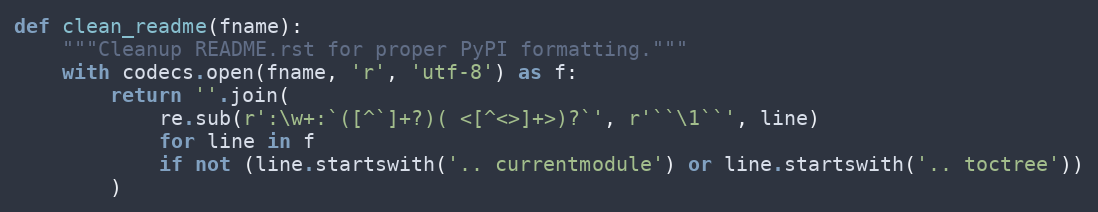
Language: Python
def clean_readme(fname):
    """Cleanup README.rst for proper PyPI formatting."""
    with codecs.open(fname, 'r', 'utf-8') as f:
        return ''.join(
            re.sub(r':\w+:`([^`]+?)( <[^<>]+>)?`', r'``\1``', line)
            for line in f
            if not (line.startswith('.. currentmodule') or line.startswith('.. toctree'))
        )